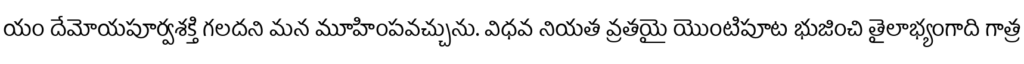
యం దేమోయపూర్వశక్తి గలదని మన మూహింపవచ్చును. విధవ నియత వ్రతయై యొంటిపూట భుజించి తైలాభ్యంగాది గాత్ర